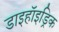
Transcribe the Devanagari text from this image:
डाइहॉइड्रिक